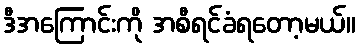
ဒီအကြောင်းကို အစီရင်ခံရတော့မယ်။